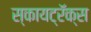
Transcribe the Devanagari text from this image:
स्कायट्रॅक्स